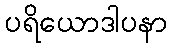
ပရိယောဒါပနာ